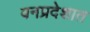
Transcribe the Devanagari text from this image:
वनप्रदेशात